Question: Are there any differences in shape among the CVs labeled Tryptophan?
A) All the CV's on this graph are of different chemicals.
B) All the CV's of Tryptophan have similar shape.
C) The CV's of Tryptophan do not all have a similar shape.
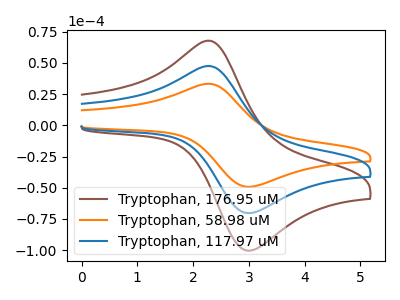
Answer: <think>The brown curve "Tryptophan, 176.95 uM" has an anodic peak at (2.30V, 95.00uA) and a cathodic peak at (2.95V, -140.05uA). The orange curve "Tryptophan, 58.98 uM" has an anodic peak at (2.30V, 33.25uA) and a cathodic peak at (2.95V, -49.05uA). The blue curve "Tryptophan, 117.97 uM" has an anodic peak at (2.30V, 47.50uA) and a cathodic peak at (2.95V, -70.05uA).
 All the peaks in "Tryptophan, 176.95 uM" have a peak in "Tryptophan, 58.98 uM" at the same potential. Every peak in "Tryptophan, 176.95 uM" is higher than every peak in "Tryptophan, 58.98 uM". All the peaks in "Tryptophan, 176.95 uM" have a peak in "Tryptophan, 117.97 uM" at the same potential. Every peak in "Tryptophan, 176.95 uM" is higher than every peak in "Tryptophan, 117.97 uM". All the peaks in "Tryptophan, 58.98 uM" have a peak in "Tryptophan, 117.97 uM" at the same potential. Every peak in "Tryptophan, 58.98 uM" is lower than every peak in "Tryptophan, 117.97 uM".</think>
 <answer>B) All the CV's of "Tryptophan" have similar shape.</answer>
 <eval>B</eval>